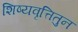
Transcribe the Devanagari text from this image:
शिष्यवृत्तितुन